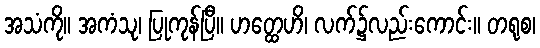
အသံကို။ အကံသု၊ ပြုကုန်ပြီ။ ဟတ္ထေဟိ၊ လက်၌လည်းကောင်း။ တရုစ၊